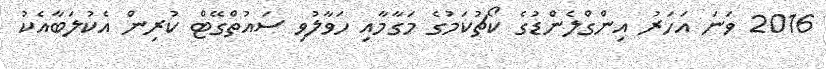
2016 ވަނަ އަހަރު އިންގްލެންޑުގެ ކޯޗުކަމުގެ މަގާމާއި ހަވާލުވި ސައުތްގޭޓް ކުރިން އެކުލަބާއެކު